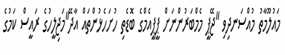
މައުލޫމާތު މުއްސަނދިވި "ޖޭޕީ މެމްބަރުންނަށް ޕީޕީއެމްގެ ބޮޑެތި ހުށަހެޅުންތައް އާދޭ"މަޖިލީހުގެ ރައީސް ކަމުގެ